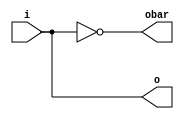
module alt_outbuf_diff (i, o, obar);
    input i;
    output o;
    output obar;
    parameter io_standard = "NONE";
    parameter current_strength = "NONE";
    parameter current_strength_new = "NONE";
    parameter slew_rate = -1;
    parameter location = "NONE";
    parameter enable_bus_hold = "NONE";
    parameter weak_pull_up_resistor = "NONE"; 
    parameter termination = "NONE"; 
    parameter lpm_type = "alt_outbuf_diff";
    assign o = i;
    assign obar = !i; 
endmodule